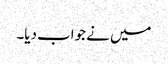
میں نے جواب دیا۔